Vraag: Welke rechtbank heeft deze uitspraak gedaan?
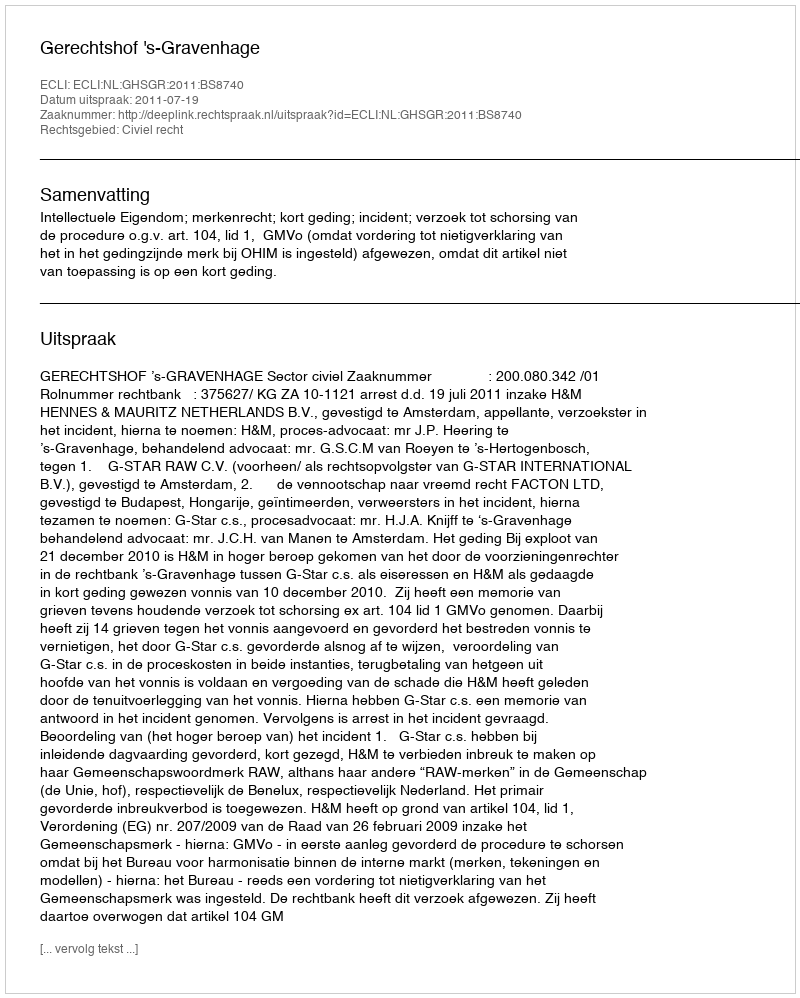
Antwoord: Gerechtshof 's-Gravenhage